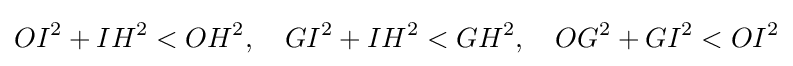
OI^{2}+IH^{2}<OH^{2},\quad GI^{2}+IH^{2}<GH^{2},\quad OG^{2}+GI^{2}<OI^{2}